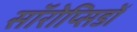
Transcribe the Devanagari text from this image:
सॉरोप्सिडों